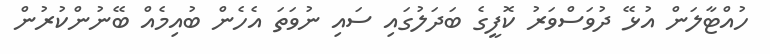
ހުއްޓާލަން އުޅޭ ދުވަސްވަރު ކޮފީގެ ބަދަލުގައި ސައި ނުވަތަ އެހެން ބުއިމެއް ބޭނުންކުރުން